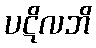
ပဋိလဘိ